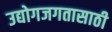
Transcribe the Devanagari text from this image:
उद्योगजगतासाठी